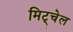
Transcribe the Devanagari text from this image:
मिट्चेल